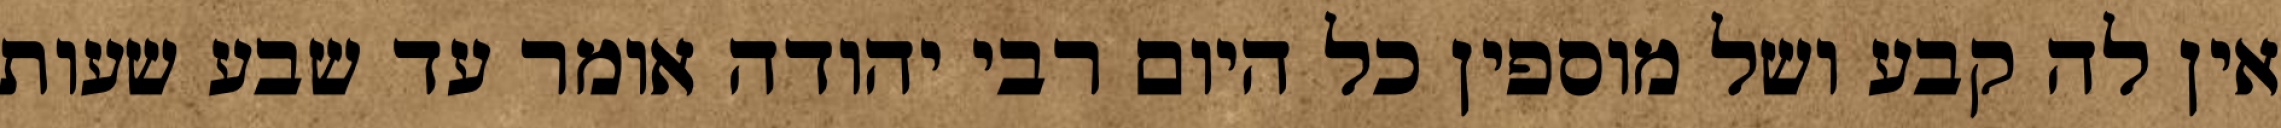
אין לה קבע ושל מוספין כל היום רבי יהודה אומר עד שבע שעות